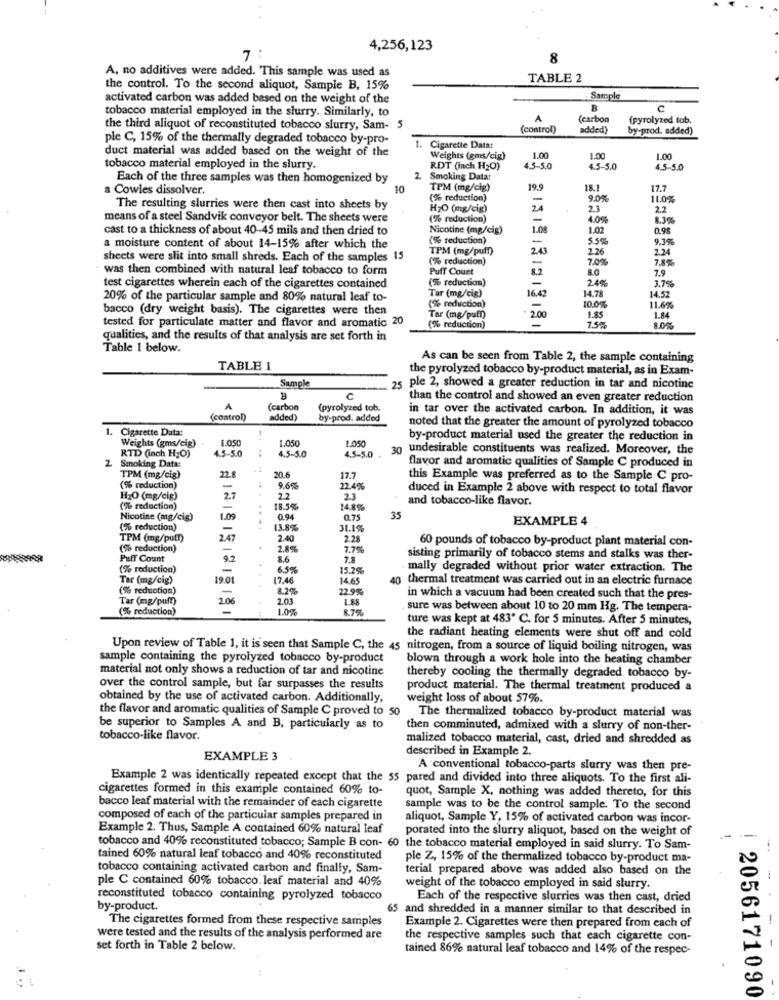
4,256,123
7
8
A, no additives were added. This sample was used as
TABLE 2
the control. To the second aliquot, Sample B, 15%
activated carbon was added based on the weight of the
Sample
tobacco material employed in the slurry. Similarly, to
R
A
(carbon
(pyrolyzed tob.
the third aliquot of reconstituted tobacco slurry, Sam-
5
(control)
added)
by-prod. added)
ple C, 15% of the thermally degraded tobacco by-pro-
duct material was added based on the weight of the
1. Cigarette Datat
Weights (gms/cig)
1.00
1.00
1.00
tobacco material employed in the slurry.
RDT (inch H2O)
4.5-5.0
4.5-5.0
4.5-5.0
Each of the three samples was then homogenized by
2
Smoking Datat
a Cowles dissolver.
10
TPM (mg/clg)
199
18.1
17.7
(% reduction)
-
9.0%
11.0%
The resulting slurries were then cast into sheets by
H2O (mg/cig)
24
2.3
22
means of a steel Sandvik conveyor belt. The sheets were
(% reduction)
4.0%
8.3%
cast to a thickness of about 40-45 mils and then dried to
Nicotine (mg/cig)
1.08
1.02
0.98
(% reduction)
5.5%
9.3%
a moisture content of about 14-15% after which the
TPM (mg/puff)
2.43
2.26
2.34
sheets were slit into small shreds. Each of the samples 15
(% reduction)
-
7.0%
7.8%
was then combined with natural leaf tobacco to form
Puff Court
8.0
7.9
(% reduction)
24%
3.7%
test cigarettes wherein each of the cigarettes contained
20% of the particular sample and 80% natural leaf to-
Tar (mg/cig)
16.42
14.78
14.52
bacco (dry weight basis). The cigarettes were then
(% reduction)
-
10.0%
11.6%
tested for particulate matter and flavor and aromatic 20
Tar (mg/puff)
2.00
1.85
1.84
(% reduction)
7.5%
8.0%
qualities, and the results of that analysis are set forth in
Table 1 below.
As can be seen from Table 2, the sample containing
TABLE 1
the pyrolyzed tobacco by-product material, as in Exam-
Sample
25 ple 2, showed a greater reduction in tar and nicotine
C
than the control and showed an even greater reduction
A
(carbon
(pyrolyzed tob.
in tar over the activated carbon. In addition, it was
(control)
added)
by-prod. added
. Cigarette Data:
noted that the greater the amount of pyrolyzed tobacco
Weights (gms/cig)
1.050
1.050
by-product material used the greater the reduction in
RTD (inch H;O)
4.5-5.0
4.5-5.0
1.050
undesirable constituents was realized. Moreover, the
4.5-5.0
2. Smoking Data:
30.6
flavor and aromatic qualities of Sample C produced in
TPM (mg/cig)
22.8
17.7
this Example was preferred as to the Sample C pro-
(% reduction)
-
9.6€%
2.4%
duced in Example 2 above with respect to total flavor
H2O (mg/cig)
27
2.2
23
and tobacco-like flavor.
(% reduction)
-
18.5%
14.8%
Nicotine (mg/cig)
1.09
0.94
0.75
35
EXAMPLE 4
(% reduction)
13.8%
31.1%
TPM (mg/puf!)
2.47
2.40
2.28
60 pounds of tobacco by-product plant material con-
(% reduction)
-
2.8%
7.7%
Puff Count
9.2
8.6
sisting primarily of tobacco stems and stalks was ther-
(% reduction)
-
6.5%
15.2%
mally degraded without prior water extraction. The
Tar (mg/cig)
19.01
17.46
14.65
40 thermal treatment was carried out in an electric furnace
(% reduction)
-
8.2%
22.9%
Tar (mg/puf!)
20
2.03
1.88
in which a vacuum had been created such that the pres-
(% reduction)
1.0%
8.7%
sure was between about 10 to 20 mm Hg. The tempera-
ture was kept at 483' C. for 5 minutes. After 5 minutes,
the radiant heating elements were shut off and cold
Upon review of Table 1, it is seen that Sample C, the 45 nitrogen, from a source of liquid boiling nitrogen, was
sample containing the pyrolyzed tobacco by-product
blown through a work hole into the heating chamber
material not only shows a reduction of tar and nicotine
thereby cooling the thermally degraded tobacco by-
over the control sample, but far surpasses the results
product material. The thermal treatment produced a
obtained by the use of activated carbon. Additionally,
weight loss of about 57%.
the flavor and aromatic qualities of Sample C proved to 50 The thermalized tobacco by-product material was
be superior to Samples A and B, particularly as to
then comminuted, admixed with a slurry of non-ther-
tobacco-like flavor.
malized tobacco material, cast, dried and shredded as
described in Example 2.
EXAMPLE 3
A conventional tobacco-parts slurry was then pre-
Example 2 was identically repeated except that the 55 pared and divided into three aliquots. To the first ali-
cigarettes formed in this example contained 60% to-
quot, Sample X, nothing was added thereto, for this
bacco leaf material with the remainder of each cigarette
sample was to be the control sample. To the second
composed of each of the particular samples prepared in
aliquot, Sample Y, 15% of activated carbon was incor-
Example 2. Thus, Sample A contained 60% natural leaf
porated into the slurry aliquot, based on the weight of
tobacco and 40% reconstituted tobacco; Sample B con- 60 the tobacco material employed in said slurry. To Sam-
tained 60% natural leaf tobacco and 40% reconstituted
ple Z, 15% of the thermalized tobacco by-product ma-
tobacco containing activated carbon and finally, Sam-
terial prepared above was added also based on the
ple C contained 60% tobacco. leaf material and 40%
weight of the tobacco employed in said slurry.
reconstituted tobacco containing pyrolyzed tobacco
Each of the respective slurries was then cast, dried
by-product.
65 and shredded in a manner similar to that described in
The cigarettes formed from these respective samples
Example 2. Cigarettes were then prepared from each of
were tested and the results of the analysis performed are
the respective samples such that each cigarette con-
set forth in Table 2 below.
tained 86% natural leaf tobacco and 14% of the respec-
: 2056171090